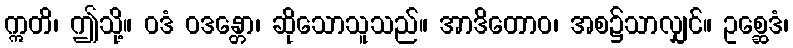
ဣတိ၊ ဤသို့။ ဝဒံ ဝဒန္တော၊ ဆိုသောသူသည်။ အာဒိတောဝ၊ အစ၌သာလျှင်။ ဥစ္ဆေဒံ၊